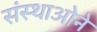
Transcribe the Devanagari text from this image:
संस्थाओने